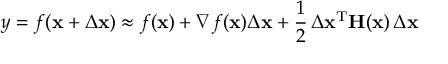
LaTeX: y = f ( \mathbf { x } + \Delta \mathbf { x } ) \approx f ( \mathbf { x } ) + \nabla f ( \mathbf { x } ) \Delta \mathbf { x } + { \frac { 1 } { 2 } } \, \Delta \mathbf { x } ^ { \mathrm { T } } \mathbf { H } ( \mathbf { x } ) \, \Delta \mathbf { x }